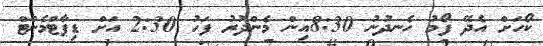
ކޯހަށް އެދޭ ފޯމު ހެނދުނު 8:30އިން މެންދުރު ފަހު 2:30 އަށް ޑިޕާޓްމެންޓް